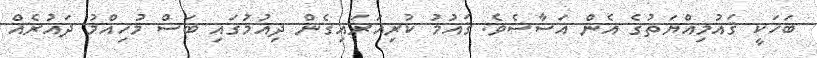
ބަހަކީ ޤައުމިއްޔަތުގެ އެން އަސާސެވެ. ޤައުމު ކުރިއަރައިގެން ދިއުމުގައި ބަސް މުހިއްމު ދައުރެއް